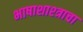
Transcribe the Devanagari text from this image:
भाषाशाश्त्राचा